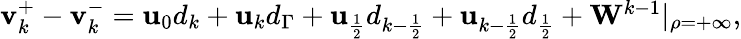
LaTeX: \begin{array}{r}{\mathbf{v}_{k}^{+}-\mathbf{v}_{k}^{-}=\mathbf{u}_{0}d_{k}+\mathbf{u}_{k}d_{\Gamma}+\mathbf{u}_{\frac{1}{2}}d_{k-\frac{1}{2}}+\mathbf{u}_{k-\frac{1}{2}}d_{\frac{1}{2}}+\mathbf{W}^{k-1}|_{\rho=+\infty},}\end{array}